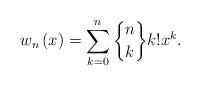
LaTeX: \begin{align*}w_{n}\left( x\right) =\sum_{k=0}^{n}\genfrac{\{}{\}}{0pt}{}{n}{k}k!x^{k}. \end{align*}